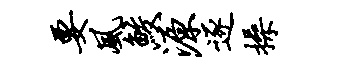
要风鲛源逐操